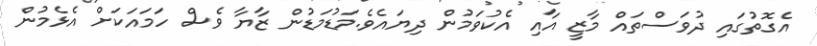
އެގޮތުގައި ދުވަސްތައް މާޒީ އާއި އެކުވަމުން ދިޔައެވެ.މަޑުމަޑުން ޒާޔާ ވެސް ހަމައަކަށް އެޅެމުން